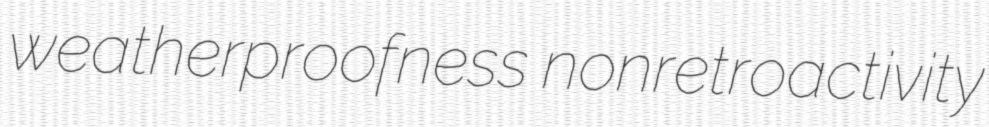
weatherproofness nonretroactivity